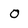
Character: O